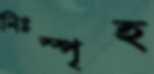
নিঃস্পৃহ